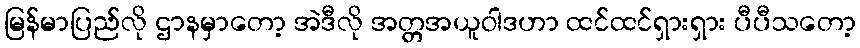
မြန်မာပြည်လို ဌာနမှာတော့ အဲဒီလို အတ္တအယူဝါဒဟာ ထင်ထင်ရှားရှား ပီပီသတော့